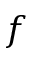
f